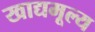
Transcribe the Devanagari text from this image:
खाद्यमूल्य